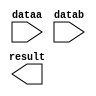
module mult2 (
	dataa,
	datab,
	result);

	input	[6:0]  dataa;
	input	[6:0]  datab;
	output	[13:0]  result;

endmodule